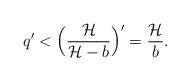
LaTeX: \begin{align*}q' < \Bigl(\frac{\mathcal{H}}{\mathcal{H}-b}\Bigr)' = \frac{\mathcal{H}}{b}.\end{align*}